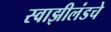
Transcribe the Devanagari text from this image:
स्वाझीलंडचे